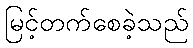
မြင့်တက်စေခဲ့သည်